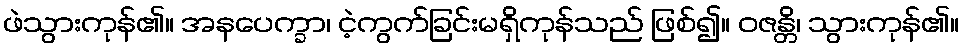
ဖဲသွားကုန်၏။ အနပေက္ခာ၊ ငဲ့ကွက်ခြင်းမရှိကုန်သည် ဖြစ်၍။ ဝဇန္တိ၊ သွားကုန်၏။